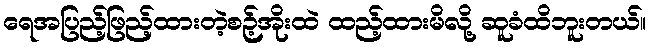
ရေအပြည့်ဖြည့်ထားတဲ့စဉ့်အိုးထဲ ထည့်ထားမိလို့ ဆူခံထိဘူးတယ်။